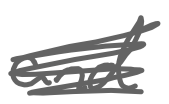
Text: and
Cross-out: scratch
Writing tool: digital_gray